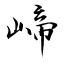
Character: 崹